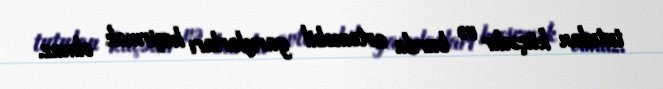
tutulan küçədir və burda avtomobil yarışlarları keçirmək olmaz.